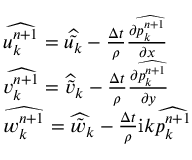
\begin{array} { r l } & { \widehat { u _ { k } ^ { n + 1 } } = \widehat { \tilde { u _ { k } } } - \frac { \Delta t } { \rho } \frac { \partial \widehat { p _ { k } ^ { n + 1 } } } { \partial x } } \\ & { \widehat { v _ { k } ^ { n + 1 } } = \widehat { \tilde { v } _ { k } } - \frac { \Delta t } { \rho } \frac { \partial \widehat { p _ { k } ^ { n + 1 } } } { \partial y } } \\ & { \widehat { w _ { k } ^ { n + 1 } } = \widehat { \tilde { w } _ { k } } - \frac { \Delta t } { \rho } \mathrm { i } k \widehat { p _ { k } ^ { n + 1 } } } \end{array}